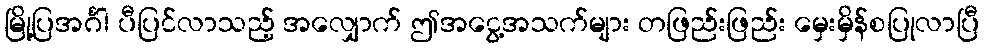
မြို့ပြအင်္ဂါ ပီပြင်လာသည့် အလျှောက် ဤအငွေ့အသက်များ တဖြည်းဖြည်း မှေးမှိန်စပြုလာပြီ